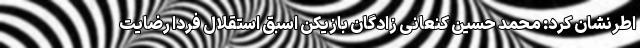
اطرنشان کرد: محمد حسین کنعانی زادگان بازیکن اسبق استقلال فردا رضایت‌